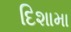
દિશામા